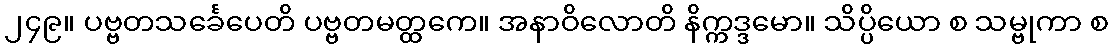
၂၄၉။ ပဗ္ဗတသင်္ခေပေတိ ပဗ္ဗတမတ္ထကေ။ အနာဝိလောတိ နိက္ကဒ္ဒမော။ သိပ္ပိယော စ သမ္ဗုကာ စ